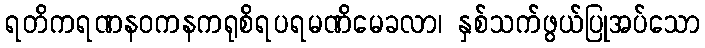
ရတိကရဏနဝကနကရုစိရပရမဏိမေခလာ၊ နှစ်သက်ဖွယ်ပြုအပ်သော